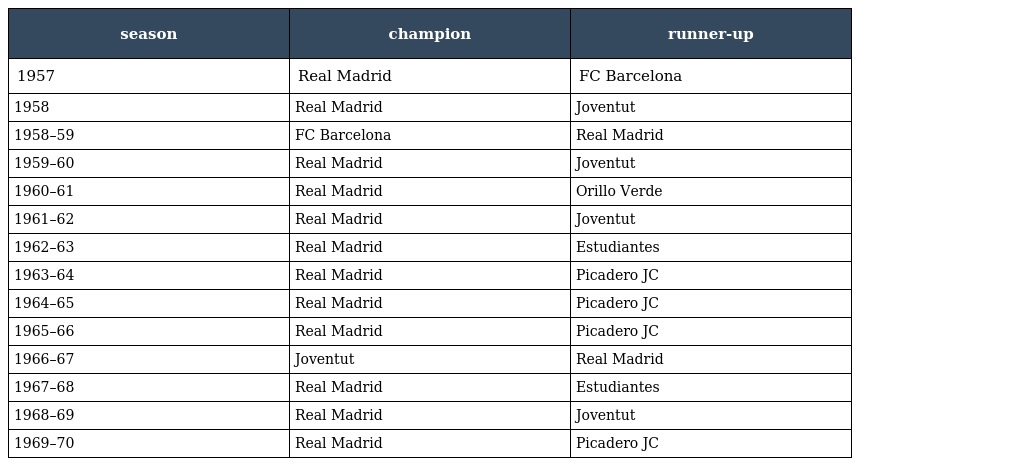
| season | champion | runner-up |
 | --- | --- | --- |
 | 1957 | Real Madrid | FC Barcelona |
 | 1958 | Real Madrid | Joventut |
 | 1958–59 | FC Barcelona | Real Madrid |
 | 1959–60 | Real Madrid | Joventut |
 | 1960–61 | Real Madrid | Orillo Verde |
 | 1961–62 | Real Madrid | Joventut |
 | 1962–63 | Real Madrid | Estudiantes |
 | 1963–64 | Real Madrid | Picadero JC |
 | 1964–65 | Real Madrid | Picadero JC |
 | 1965–66 | Real Madrid | Picadero JC |
 | 1966–67 | Joventut | Real Madrid |
 | 1967–68 | Real Madrid | Estudiantes |
 | 1968–69 | Real Madrid | Joventut |
 | 1969–70 | Real Madrid | Picadero JC |